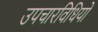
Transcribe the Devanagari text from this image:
उपचारविधियों